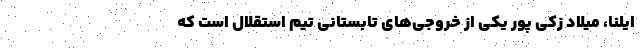
ایلنا، میلاد زکی پور یکی از خروجی‌های تابستانی تیم استقلال است که